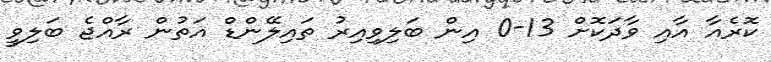
ކޮރެއާ އާއި ވާދަކޮށް 13-0 އިން ބަލިވިއިރު ތައިލޭންޑް އަތުން ރާއްޖެ ބަލިވީ